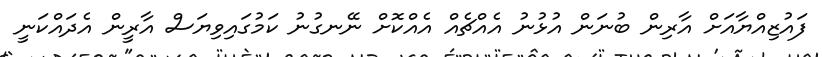
ފައުޒިއްޔާއަށް އާރިން ބުނަން އުޅުނު އެއްޗެއް އެއްކޮށް ނޭނގުނު ކަމުގައިވިޔަސް އާރީން އެދައްކަނީ